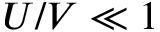
U / V \ll 1